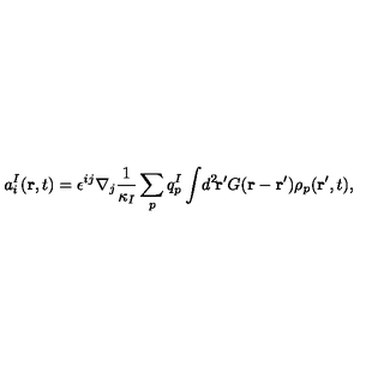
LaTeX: a _ { i } ^ { I } ( { \bf r } , t ) = \epsilon ^ { i j } \nabla _ { j } \frac { 1 } { \kappa _ { I } } \sum _ { p } q _ { p } ^ { I } \int \! d ^ { 2 } \! { \bf r } ^ { \prime } G ( { \bf r } - { \bf r } ^ { \prime } ) \rho _ { p } ( { \bf r } ^ { \prime } , t ) ,